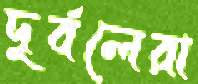
দুর্বলেরা